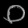
Digit: ၀